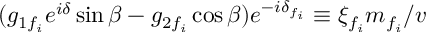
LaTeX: ( g _ { 1 f _ { i } } e ^ { i \delta } \sin \beta - g _ { 2 f _ { i } } \cos \beta ) e ^ { - i \delta _ { f _ { i } } } \equiv \xi _ { f _ { i } } m _ { f _ { i } } / v